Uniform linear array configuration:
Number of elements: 48
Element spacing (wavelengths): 0.25
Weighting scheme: blackman
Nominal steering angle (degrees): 45
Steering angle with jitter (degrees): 46.296
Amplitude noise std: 0.05
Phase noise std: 0.05

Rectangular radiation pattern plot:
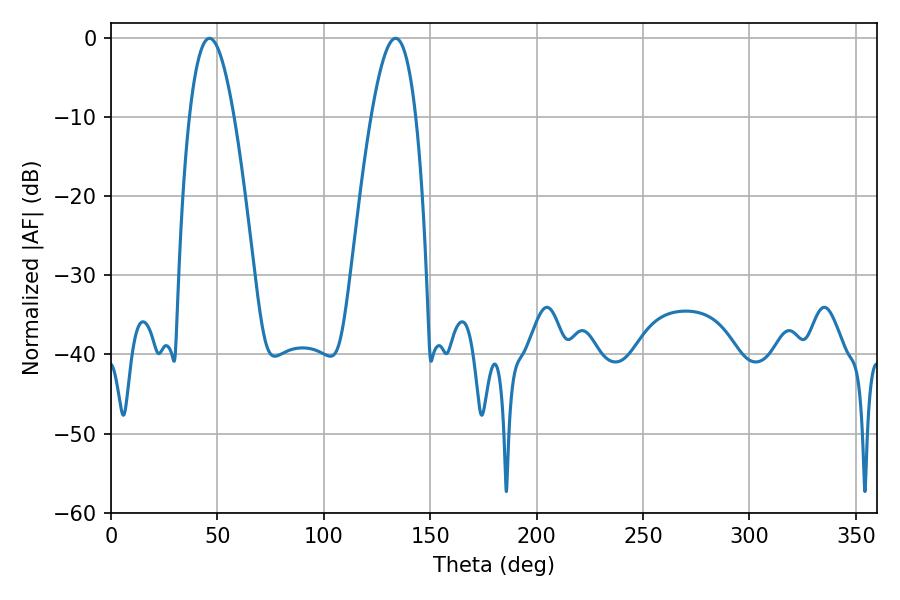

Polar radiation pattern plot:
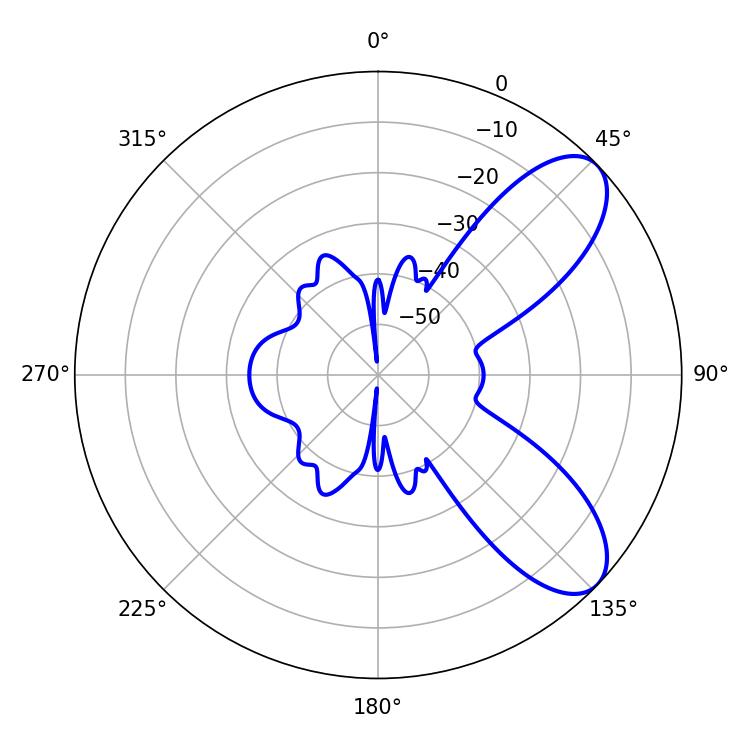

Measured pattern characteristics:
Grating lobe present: FALSE
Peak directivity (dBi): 8.045
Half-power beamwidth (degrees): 11.52
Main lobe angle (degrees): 46.26